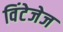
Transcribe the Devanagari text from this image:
विंटेजेज